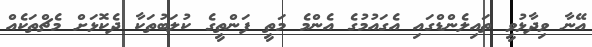
އޭނާ ވިދާޅުވީ ތައިލެންޑްގައި އެގައުމުގެ އެންމެ މަތީ ފަންތީގެ ކުލަބުތަކާ ދެކޮޅަށް މެޗްތަކެއް